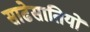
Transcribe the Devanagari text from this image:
साढेसातियों